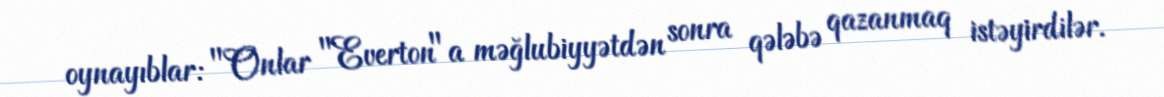
oynayıblar: "Onlar "Everton"a məğlubiyyətdən sonra qələbə qazanmaq istəyirdilər.